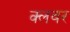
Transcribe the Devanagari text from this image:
क्लवर